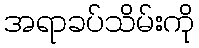
အရာခပ်သိမ်းကို